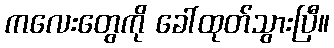
ကလေးတွေကို ခေါ်ထုတ်သွားပြီ။